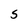
Character: 5